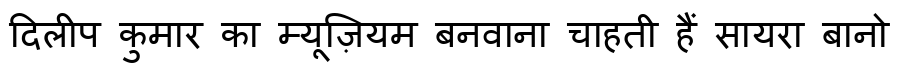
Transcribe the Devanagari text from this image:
दिलीप कुमार का म्यूज़ियम बनवाना चाहती हैं सायरा बानो